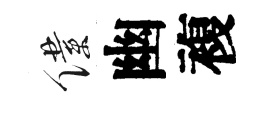
僕幽複